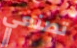
تصنعي